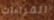
القراءات